Burma Government Medical School reports 1923-41
Year: 1923
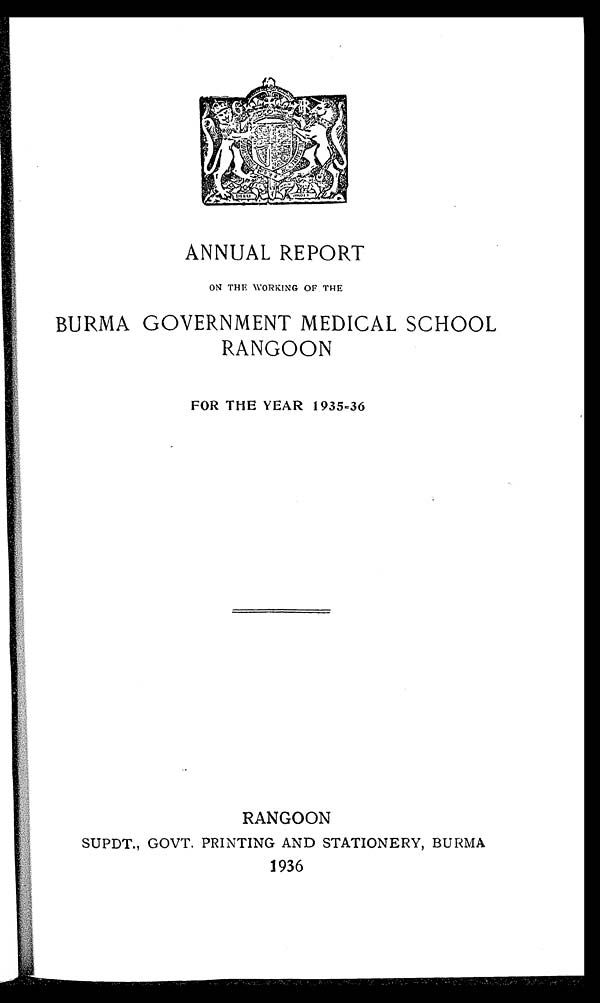
ANNUAL REPORT
ON THE WORKING OF THE
BURMA GOVERNMENT MEDICAL SCHOOL
RANGOON
FOR THE YEAR 1935=36
RANGOON
SUPDT., GOVT. PRINTING AND STATIONERY, BURMA
1936